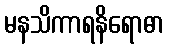
မနသိကာရနိရောဓာ